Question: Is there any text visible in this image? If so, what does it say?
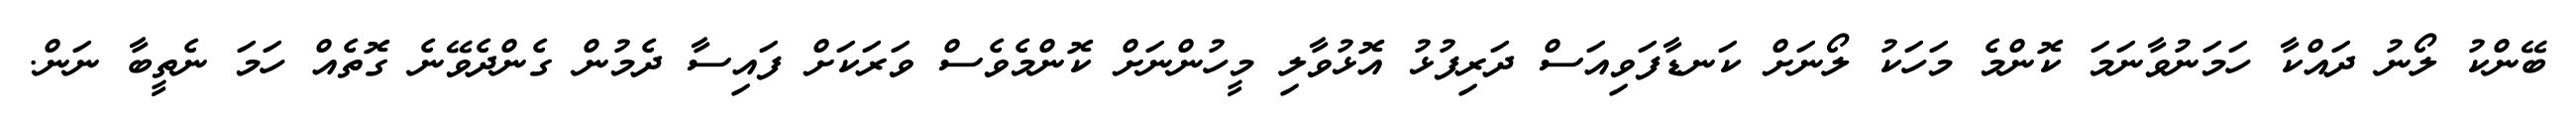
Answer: ބޭންކު ލޯނު ދައްކާ ހަމަނުވާނަމަ ކޮންމެ މަހަކު ލޯނަށް ކަނޑާފަވިއަސް ދަރިފުޅު އޮޅުވާލި މީހުންނަށް ކޮންމެވެސް ވަރަކަށް ފައިސާ ދެމުން ގެންދެވޭނެ ގޮތެއް ހަމަ ނެތީބާ ނަން.